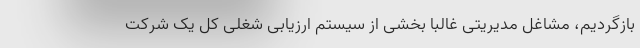
بازگردیم، مشاغل مدیریتی غالبا بخشی از سیستم ارزیابی شغلی کل یک شرکت